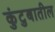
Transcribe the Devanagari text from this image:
कुंटुबातील